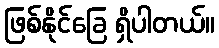
ဖြစ်နိုင်ခြေ ရှိပါတယ်။